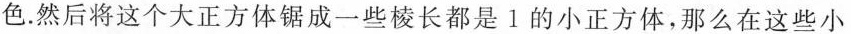
色。然后将这个大正方体锯成一些棱长都是1的小正方体，那么在这些小